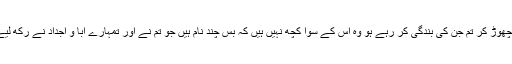
اس کو چھوڑ کر تم جن کی بندگی کر رہے ہو وہ اس کے سوا کچھ نہیں ہیں کہ بس چند نام ہیں جو تم نے اور تمہارے آبا و اجداد نے رکھ لیے ہیں‘‘۔